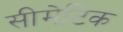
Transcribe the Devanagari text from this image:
सीमेटिक